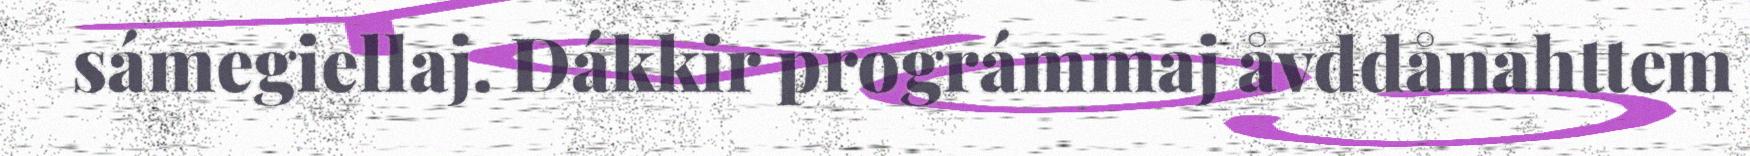
sámegiellaj. Dákkir prográmmaj åvddånahttem